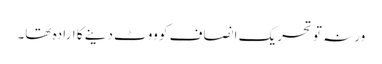
ورنہ تو تحریک انصاف کو ووٹ دینے کا ارادہ تھا۔